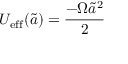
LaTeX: U _ { \mathrm { e f f } } ( { \tilde { a } } ) = { \frac { - \Omega { \tilde { a } } ^ { 2 } } { 2 } }